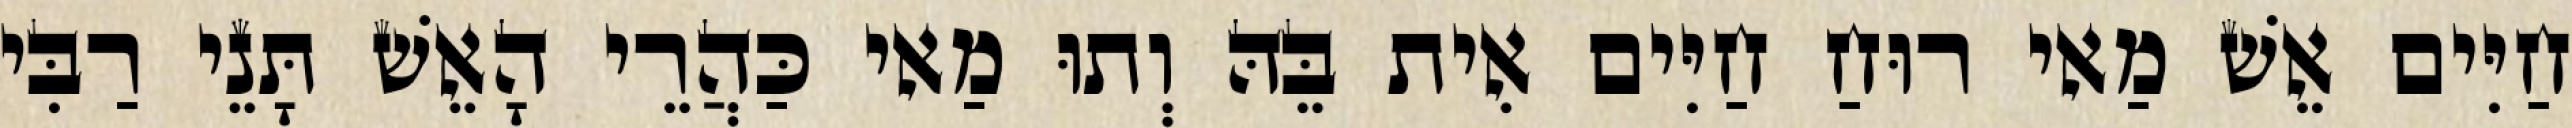
חַיִּים אֵשׁ מַאי רוּחַ חַיִּים אִית בֵּהּ וְתוּ מַאי כַּהֲרֵי הָאֵשׁ תָּנֵי רַבִּי